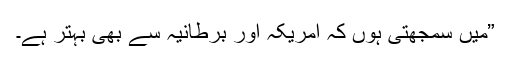
”میں سمجھتی ہوں کہ امریکہ اور برطانیہ سے بھی بہتر ہے۔